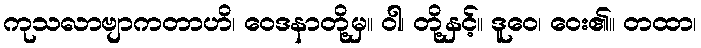
ကုသလာဗျာကတာဟိ၊ ဝေဒနာတို့မှ။ ဝါ၊ တို့နှင့်။ ဒူဝေ၊ ဝေး၏။ တထာ၊